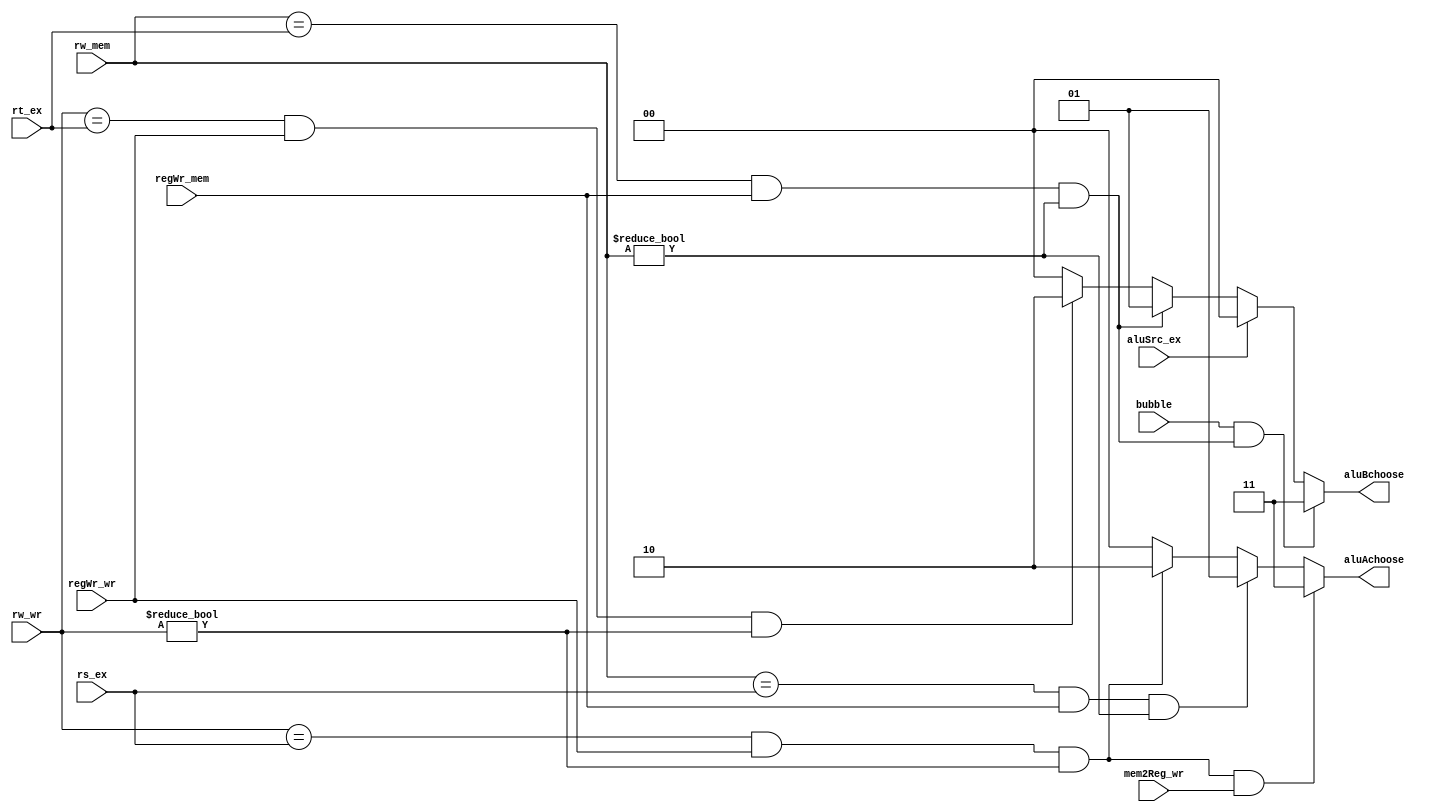
//
module Forwarding_Unit_302(
    input[4:0]     rw_mem,       
    input[4:0]     rw_wr,      
    input[4:0]     rs_ex,              
    input[4:0]     rt_ex,

    input   aluSrc_ex,
    input   regWr_mem,           
    input   regWr_wr,          
    input   mem2Reg_wr,    
    input[1:0] bubble,      

    output reg[1:0]   aluAchoose,              
    output reg[1:0]   aluBchoose
);

    always @(*) begin
    //ALU A
        // 
        if(rw_mem == rs_ex && regWr_mem && rw_mem != 5'd0 ) begin
            aluAchoose = 2'b01;
        end
        //
        else if(rw_wr == rs_ex && regWr_wr && rw_wr != 5'd0 ) begin
            aluAchoose = 2'b10;            
        end
        // 
        else begin
            aluAchoose = 2'b00;
        end

    //aluA lwlw
        if ((rw_wr == rs_ex && regWr_wr && rw_wr != 5'd0 )&&mem2Reg_wr) begin
            aluAchoose = 2'b11;            
        end

    //ALU B
        // 
        if (aluSrc_ex==0) begin
            if(rw_mem == rt_ex && regWr_mem && rw_mem != 5'd0 ) begin
                aluBchoose = 2'b01;
                //$display("regWrMem:%d",regWr_mem);
            end
            // 
            else if(rw_wr == rt_ex && regWr_wr && rw_wr != 5'd0 ) begin
                aluBchoose= 2'b10;
            end
            //
            else begin
                aluBchoose = 2'b00;
            end
        end
        else begin
            aluBchoose=2'b00;
        end
    //ALUB load-useloaduse
        if(bubble&&(rw_mem == rt_ex && regWr_mem && rw_mem != 5'd0 )) begin
                aluBchoose = 2'b11;
        end
    end
endmodule